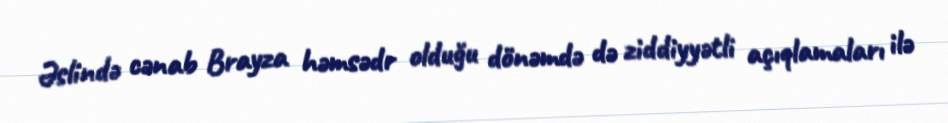
Əslində cənab Brayza həmsədr olduğu dönəmdə də ziddiyyətli açıqlamaları ilə